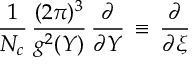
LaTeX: \frac 1 { N _ { c } } \, \frac { ( 2 \pi ) ^ { 3 } } { g ^ { 2 } ( Y ) } \, \frac \partial { \partial Y } \, \equiv \, \frac \partial { \partial \xi }